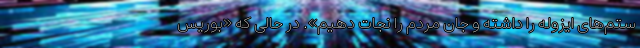
ستم‌های ایزوله را داشته و جان مردم را نجات دهیم». در حالی که «بوریس